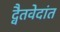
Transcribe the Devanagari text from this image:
द्वैतवेदांत